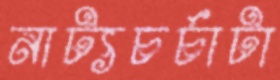
নাট্যচর্চাটা